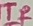
Text: TR